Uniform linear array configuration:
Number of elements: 48
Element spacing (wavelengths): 1
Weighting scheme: hann
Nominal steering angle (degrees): -45
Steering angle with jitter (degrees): -44.753
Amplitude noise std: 0.05
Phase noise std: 0.05

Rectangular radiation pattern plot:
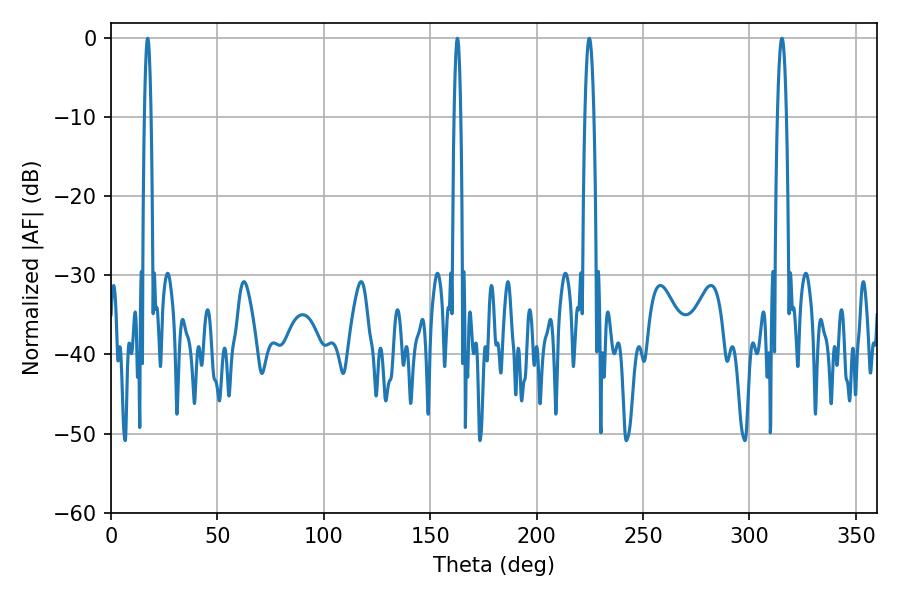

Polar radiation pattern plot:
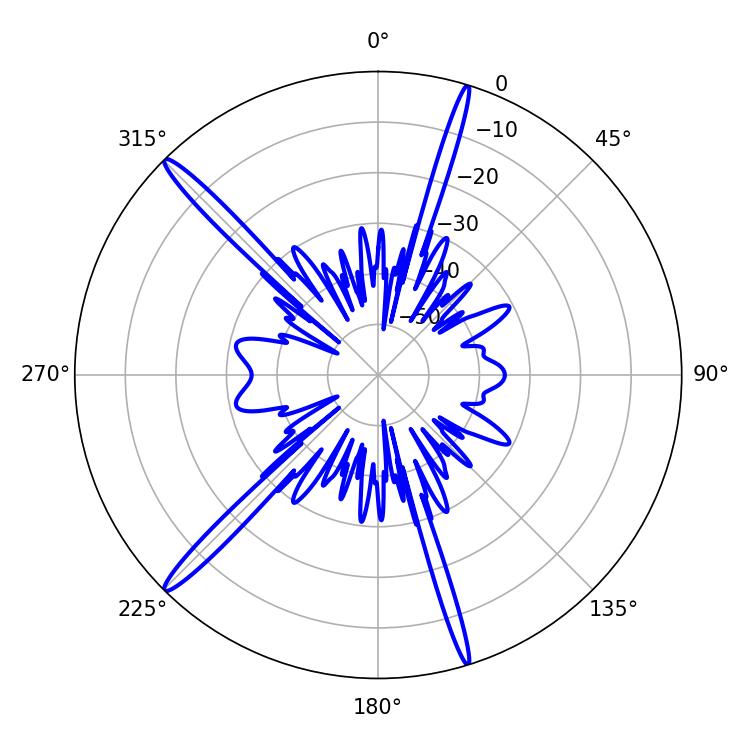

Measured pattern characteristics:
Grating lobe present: TRUE
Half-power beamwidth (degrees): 1.62
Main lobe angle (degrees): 17.28